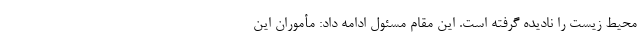
محیط زیست را نادیده گرفته است. این مقام مسئول ادامه داد: مأموران این